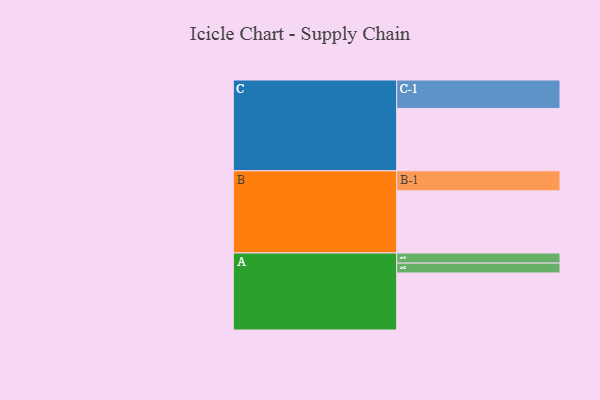
{"axis": {"x": "Segment", "y": "Value"}, "legend": ["", "A", "B", "C"], "data": [{"x": "A", "y": 433, "type": ""}, {"x": "B", "y": 472, "type": ""}, {"x": "C", "y": 474, "type": ""}, {"x": "A-1", "y": 77, "type": "A"}, {"x": "A-2", "y": 75, "type": "A"}, {"x": "B-1", "y": 152, "type": "B"}, {"x": "C-1", "y": 216, "type": "C"}]}